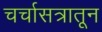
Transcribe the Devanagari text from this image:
चर्चासत्रातून